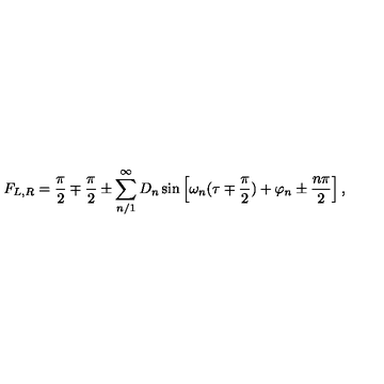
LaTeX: F _ { L , R } = \frac { \pi } { 2 } \mp \frac { \pi } { 2 } \pm \sum _ { n / 1 } ^ { \infty } D _ { n } \sin \left[ \omega _ { n } ( \tau \mp \frac { \pi } { 2 } ) + \varphi _ { n } \pm \frac { n \pi } { 2 } \right] ,